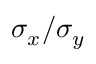
\sigma _ { x } / \sigma _ { y }